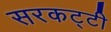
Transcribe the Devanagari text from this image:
सरकट्टी